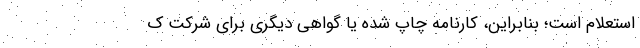
استعلام است؛ بنابراین، کارنامه چاپ شده یا گواهی دیگری برای شرکت ک